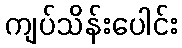
ကျပ်သိန်းပေါင်း